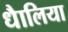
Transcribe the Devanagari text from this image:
धैालिया